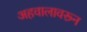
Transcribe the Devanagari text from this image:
अहवालावरून